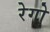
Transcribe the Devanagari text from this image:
रेगो